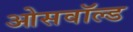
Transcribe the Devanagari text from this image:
ओसवॉल्ड